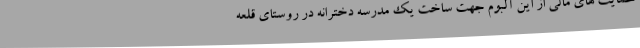
حمایت های مالی از این آلبوم جهت ساخت یک مدرسه دخترانه در روستای قلعه